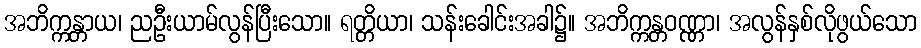
အဘိက္ကန္တာယ၊ ညဦးယာမ်လွန်ပြီးသော။ ရတ္တိယာ၊ သန်းခေါင်းအခါ၌။ အဘိက္ကန္တဝဏ္ဏာ၊ အလွန်နှစ်လိုဖွယ်သော